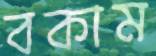
বকাম